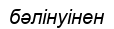
бәлінуінен